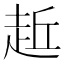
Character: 𧻁